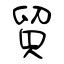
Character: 貿